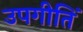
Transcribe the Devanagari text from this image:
उपगीतिं